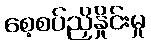
စေ့စပ်ညှိနှိုင်းမှု